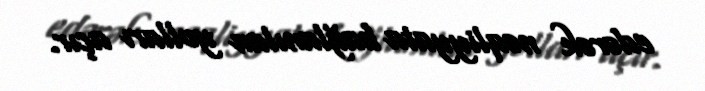
edərək nəqliyyata bağlanılan yolları açır.